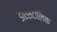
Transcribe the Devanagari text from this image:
डाएसटोलिक